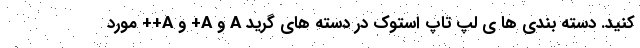
کنید. دسته بندی ها ی لپ تاپ استوک در دسته های گرید A و A+ و A++ مورد